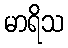
မာရိသ